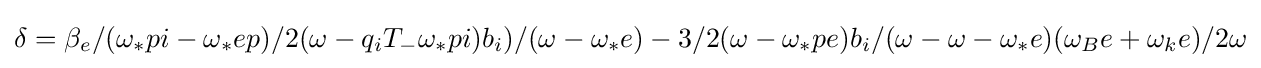
\delta =\beta _{e}/(\omega _{*}pi-\omega _{*}ep)/2(\omega -q_{i}T_{-}\omega _{*}pi)b_{i})/(\omega -\omega _{*}e)-3/2(\omega -\omega _{*}pe)b_{i}/(\omega -\omega -\omega _{*}e)(\omega _{B}e+\omega _{k}e)/2\omega